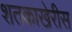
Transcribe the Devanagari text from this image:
शतकाखेरीस